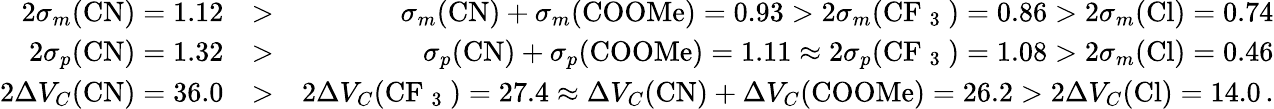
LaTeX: \begin{array}{rlr}{2\sigma_{m}(\mathrm{CN})=1.12}&{>}&{\sigma_{m}(\mathrm{CN})+\sigma_{m}(\mathrm{COOMe})=0.93>2\sigma_{m}(\mathrm{CF~_3~})=0.86>2\sigma_{m}(\mathrm{Cl})=0.74}\\ {2\sigma_{p}(\mathrm{CN})=1.32}&{>}&{\sigma_{p}(\mathrm{CN})+\sigma_{p}(\mathrm{COOMe})=1.11\approx 2\sigma_{p}(\mathrm{CF~_3~})=1.08>2\sigma_{m}(\mathrm{Cl})=0.46}\\ {2\Delta V_{C}(\mathrm{CN})=36.0}&{>}&{2\Delta V_{C}(\mathrm{CF~_3~})=27.4\approx\Delta V_{C}(\mathrm{CN})+\Delta V_{C}(\mathrm{COOMe})=26.2>2\Delta V_{C}(\mathrm{Cl})=14.0\, .}\end{array}